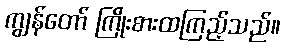
ကျွန်တော် ကြိုးစားထကြည့်သည်။